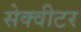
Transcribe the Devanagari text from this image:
सेक्वीटर